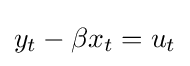
y_{t}-\beta x_{t}=u_{t}